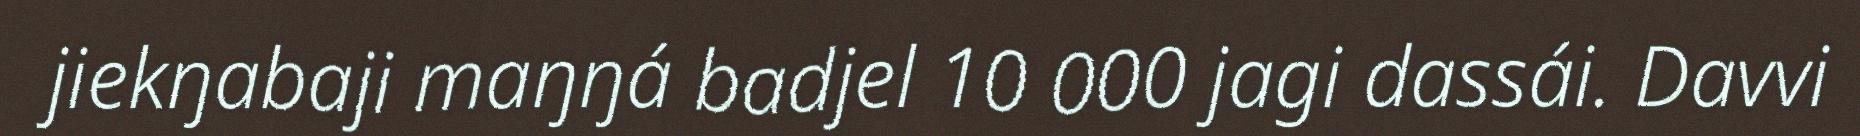
jiekŋabaji maŋŋá badjel 10 000 jagi dassái. Davvi